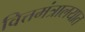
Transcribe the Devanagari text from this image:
वित्तमंत्रालयात